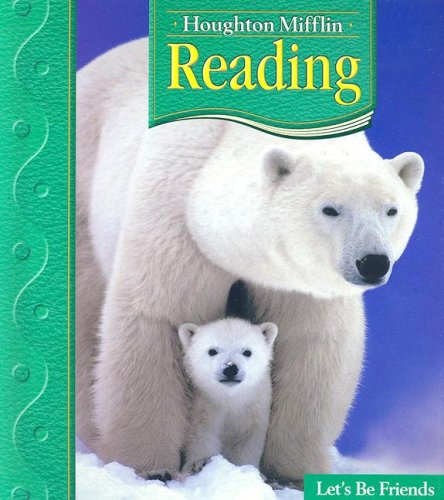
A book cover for Houghton Mifflin Reading: Student Anthology, Grade 1.2 - Let's Be Friends; HOUGHTON MIFFLIN; Children's Books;